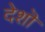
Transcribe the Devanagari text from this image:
देशॊ